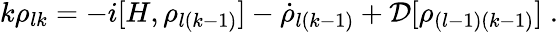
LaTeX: k\rho_{lk}=-i[H,\rho_{l(k-1)}]-\dot{\rho}_{l(k-1)}+\mathcal{D}[\rho_{(l-1)(k-1)}]\; .